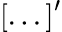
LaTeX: {[...]}^{\prime}